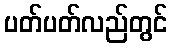
ပတ်ပတ်လည်တွင်